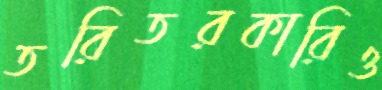
তরিতরকারিও